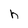
Character: h